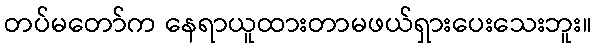
တပ်မတော်က နေရာယူထားတာမဖယ်ရှားပေးသေးဘူး။